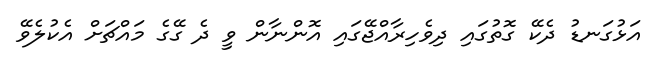
އަޅުގަނޑު ދެކޭ ގޮތުގައި ދިވެހިރާއްޖޭގައި އޮންނާން ވީ ދެ ގޭގެ މައްޗަށް އެކުލެވޭ